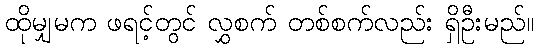
ထိုမျှမက ဖရင့်တွင် လွှစက် တစ်စက်လည်း ရှိဦးမည်။